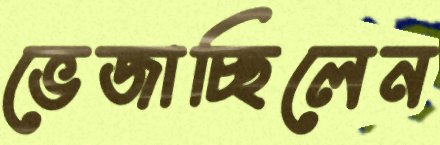
ভেজাচ্ছিলেন